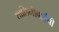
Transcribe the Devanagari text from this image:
शालिनीबाईंची